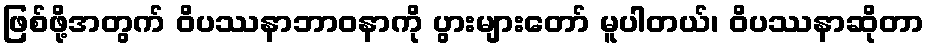
ဖြစ်ဖို့အတွက် ဝိပဿနာဘာဝနာကို ပွားများတော် မူပါတယ်၊ ဝိပဿနာဆိုတာ